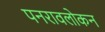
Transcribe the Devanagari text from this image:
पनरावलोकन